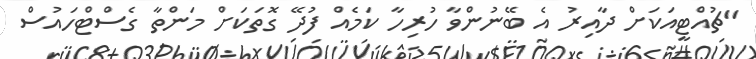
"ޗުއްޓީއަކަށް ދާއިރު އެ ބޭނުންވާ ހުރިހާ ކަމެއް ފުދޭ ގޮތަކަށް މަންތާ ގެސްޓްހައުސް